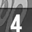
Digit: 4